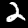
Digit: 2